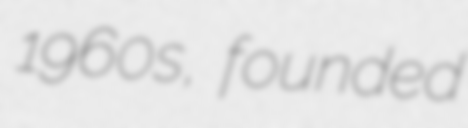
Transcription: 1960s, founded